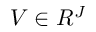
V \in R ^ { J }